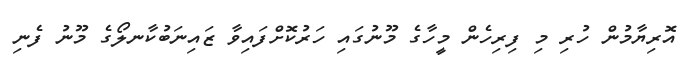
އޮރިޔާމުން ހުރި މިި ފިރިހެން މީހާގެ މޫނުގައި ހަރުކޮށްފައިވާ ޒައިނަބުކާނލޯގެ މޫނު ފެނި